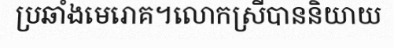
ប្រឆាំងមេរោគ។លោកស្រីបាននិយាយ